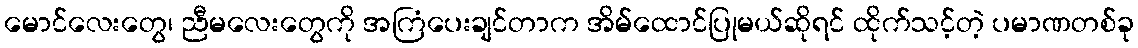
မောင်လေးတွေ၊ ညီမလေးတွေကို အကြံပေးချင်တာက အိမ်ထောင်ပြုမယ်ဆိုရင် ထိုက်သင့်တဲ့ ပမာဏတစ်ခု